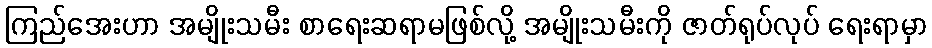
ကြည်အေးဟာ အမျိုးသမီး စာရေးဆရာမဖြစ်လို့ အမျိုးသမီးကို ဇာတ်ရုပ်လုပ် ရေးရာမှာ